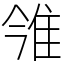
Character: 雂